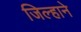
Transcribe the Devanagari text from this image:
जिल्हाने